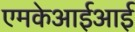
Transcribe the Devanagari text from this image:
एमकेआईआई